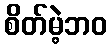
စိတ်မဲ့ဘဝ